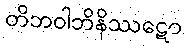
တိဘဝါဘိနိဿဋော